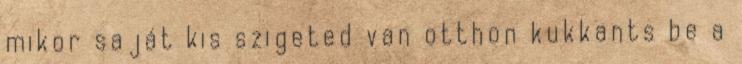
mikor saját kis szigeted van otthon kukkants be a